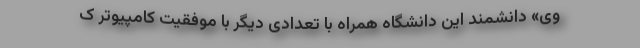
وی» دانشمند این دانشگاه همراه با تعدادی دیگر با موفقیت کامپیوتر ک